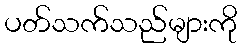
ပတ်သက်သည်များကို